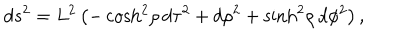
d s ^ { 2 } = L ^ { 2 } \left( - \cosh ^ { 2 } \! \rho \, d \tau ^ { 2 } + d \rho ^ { 2 } + \sinh ^ { 2 } \! \rho \, d \phi ^ { 2 } \right) ,